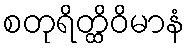
စတုရိတ္ထိဝိမာနံ